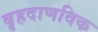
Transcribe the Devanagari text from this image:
बृहदाणविक